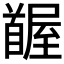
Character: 𩠭